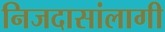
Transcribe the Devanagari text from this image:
निजदासांलागी